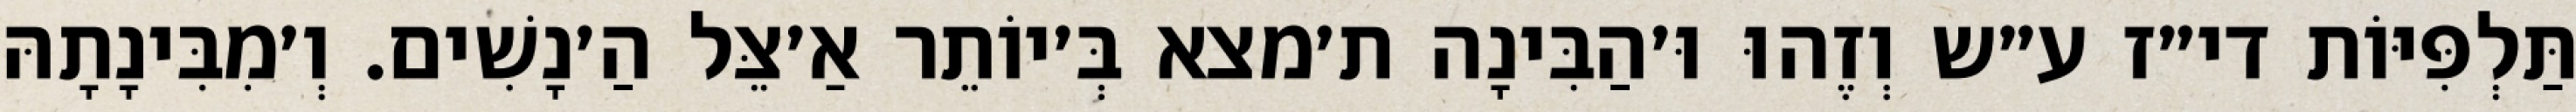
תַּלְפִּיּוֹת די״ז ע״ש וְזֶהוּ וּ׳הַבִּינָה ת׳מצא בְּ׳יוֹתֵר אַ׳צֵּל הַ׳נָשִׁים. וְ׳מִבִּינָתָהּ